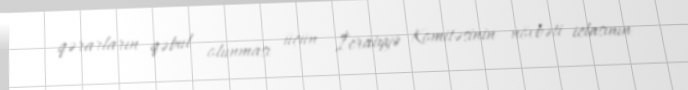
qərarların qəbul olunması üçün İcraiyyə Komitəsinin növbəti iclasının